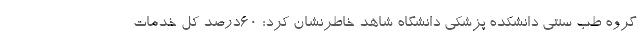
گروه طب سنتی دانشکده پزشکی دانشگاه شاهد خاطرنشان کرد: 60درصد کل خدمات